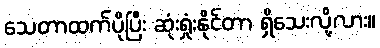
သေတာထက်ပိုပြီး ဆုံးရှုံးနိုင်တာ ရှိသေးလို့လား။